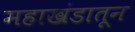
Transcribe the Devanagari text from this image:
महाखंडातून